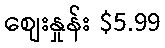
စျေးနှုန်း $5.99